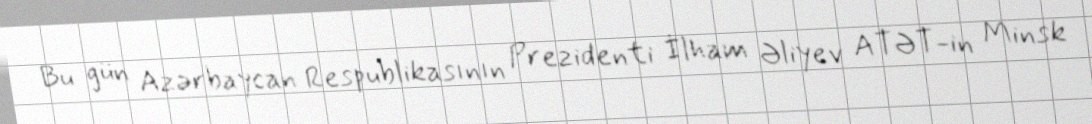
Bu gün Azərbaycan Respublikasının Prezidenti İlham Əliyev ATƏT-in Minsk